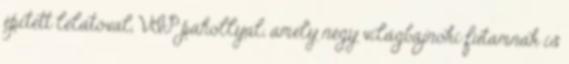
épített lelátóval, VIP páhollyal, amely négy világbajnoki futamnak is